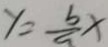
y = \frac { b } { a } x